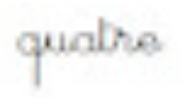
quatre